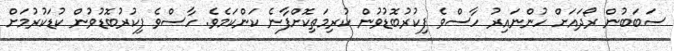
ސަބަބުން ރޯދައަށް ހުންނައިރު ހާސްވެ ފިކުރުބޮޑުވުން ކުރިމަތިކޮށްފާނެ ކަންކަމެވެ. ހާސްވެ ފިކުރުބޮޑުވުން ކުޑަކުރުމަށް